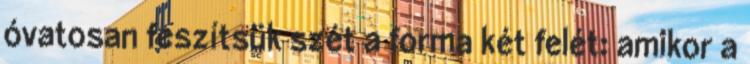
óvatosan feszítsük szét a forma két felét: amikor a